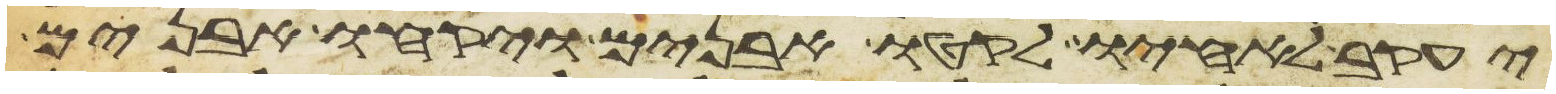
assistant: יעקב לאחיו לקטו אבנים ויקחו אבנים